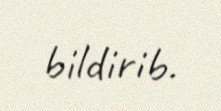
bildirib.